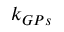
k _ { G P s }